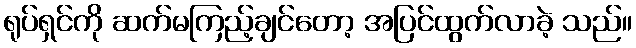
ရုပ်ရှင်ကို ဆက်မကြည့်ချင်တော့ အပြင်ထွက်လာခဲ့ သည်။